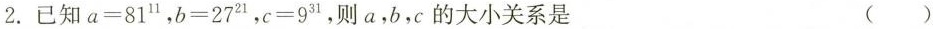
2.已知$$a = 8 1 ^ { 1 1 }$$,$$b = 2 7 ^ { 2 1 }$$,$$c = 9 ^ { 3 1 }$$ ,则a,b,c的大小关系是 ( )